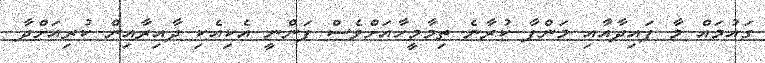
ގައުމައް މާ ފައިދާއާއި މަންފާ ކުރާނެ ތިމާމީހާއަށްވެސް ފަންނީ އެކިއެކި ދާއިރާއިން ކުރިއަށްދާ